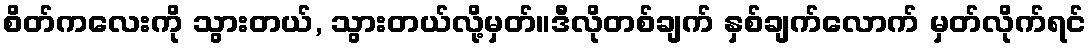
စိတ်ကလေးကို သွားတယ်, သွားတယ်လို့မှတ်။ဒီလိုတစ်ချက် နှစ်ချက်လောက် မှတ်လိုက်ရင်